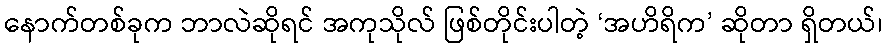
နောက်တစ်ခုက ဘာလဲဆိုရင် အကုသိုလ် ဖြစ်တိုင်းပါတဲ့ ‘အဟိရိက’ ဆိုတာ ရှိတယ်၊